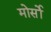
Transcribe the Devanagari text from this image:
मोर्सो